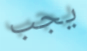
يجب